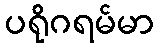
ပရိုဂရမ်မာ